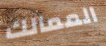
الممالك